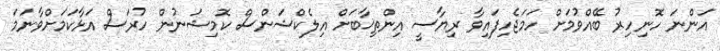
އަންނަ ހޮނިހިރު ބޭއްވުމަށް ހަމަޖެހިފައިވާ ރިޔާސީ އިންތިޚާބަށް އިލެކްޝަންސް ކޮމިޝަނުން ހުރަސް އަޅާކަމަށްވާނަމަ